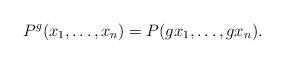
LaTeX: \begin{align*}P^g(x_1, \ldots, x_n)=P(gx_1, \ldots, gx_n).\end{align*}